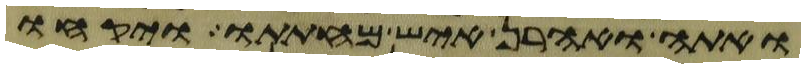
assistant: ואתה ואהרן איש מחתתו ויקחו